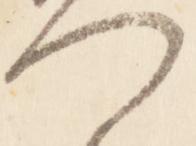
門